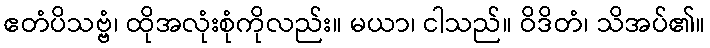
ဧတံပိသဗ္ဗံ၊ ထိုအလုံးစုံကိုလည်း။ မယာ၊ ငါသည်။ ဝိဒိတံ၊ သိအပ်၏။